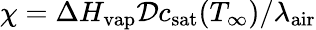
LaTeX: \chi=\Delta H_{\mathrm{vap}}{\cal D}c_{\mathrm{sat}}(T_{\infty})/\lambda_{\mathrm{air}}